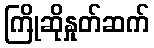
ကြိုဆိုနှုတ်ဆက်